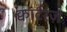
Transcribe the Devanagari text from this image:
क्वार्टरज़